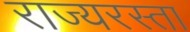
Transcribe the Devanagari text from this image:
राज्यरस्ता